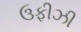
ઉફીઝી